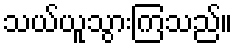
သယ်ယူသွားကြသည်။